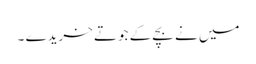
میں نے بچے کے جوتے خریدے ۔